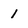
Character: 1